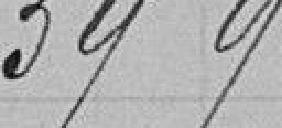
39 900